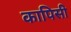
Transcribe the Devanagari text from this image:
कापिसी